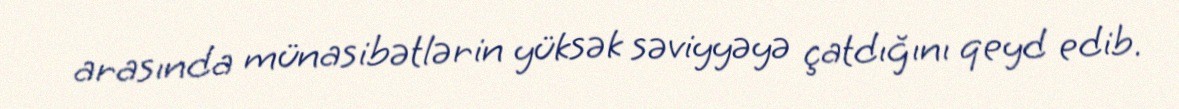
arasında münasibətlərin yüksək səviyyəyə çatdığını qeyd edib.